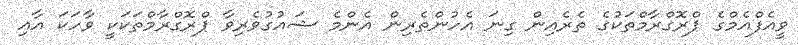
ވީއެފްއެމްގެ ޕްރޮގްރާމްތަކުގެ ތެރެއިން ގިނަ އެހުންތެރިން އެންމެ ޝައުގުވެރިވާ ޕްރޮގްރާމްތަކަކީ ވާހަކަ އާއި